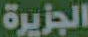
الجزيرة